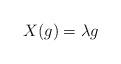
LaTeX: \begin{align*}X(g)=\lambda g \end{align*}